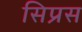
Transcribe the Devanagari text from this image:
सिप्रस